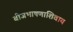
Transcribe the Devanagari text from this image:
बीजभाषणाशिवाय